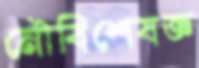
নৌবিশেষজ্ঞ